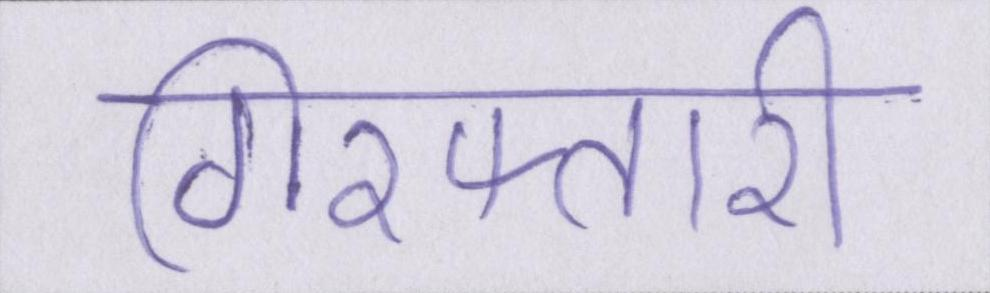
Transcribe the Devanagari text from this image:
गिरफ्तारी